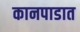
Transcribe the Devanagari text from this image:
कानपाडात